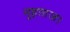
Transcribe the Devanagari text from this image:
मुहताज।